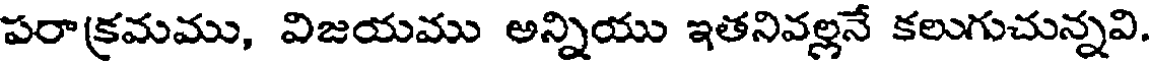
పరాక్రమము, విజయము అన్నియు ఇతనివల్లనే కలుగుచున్నవి.